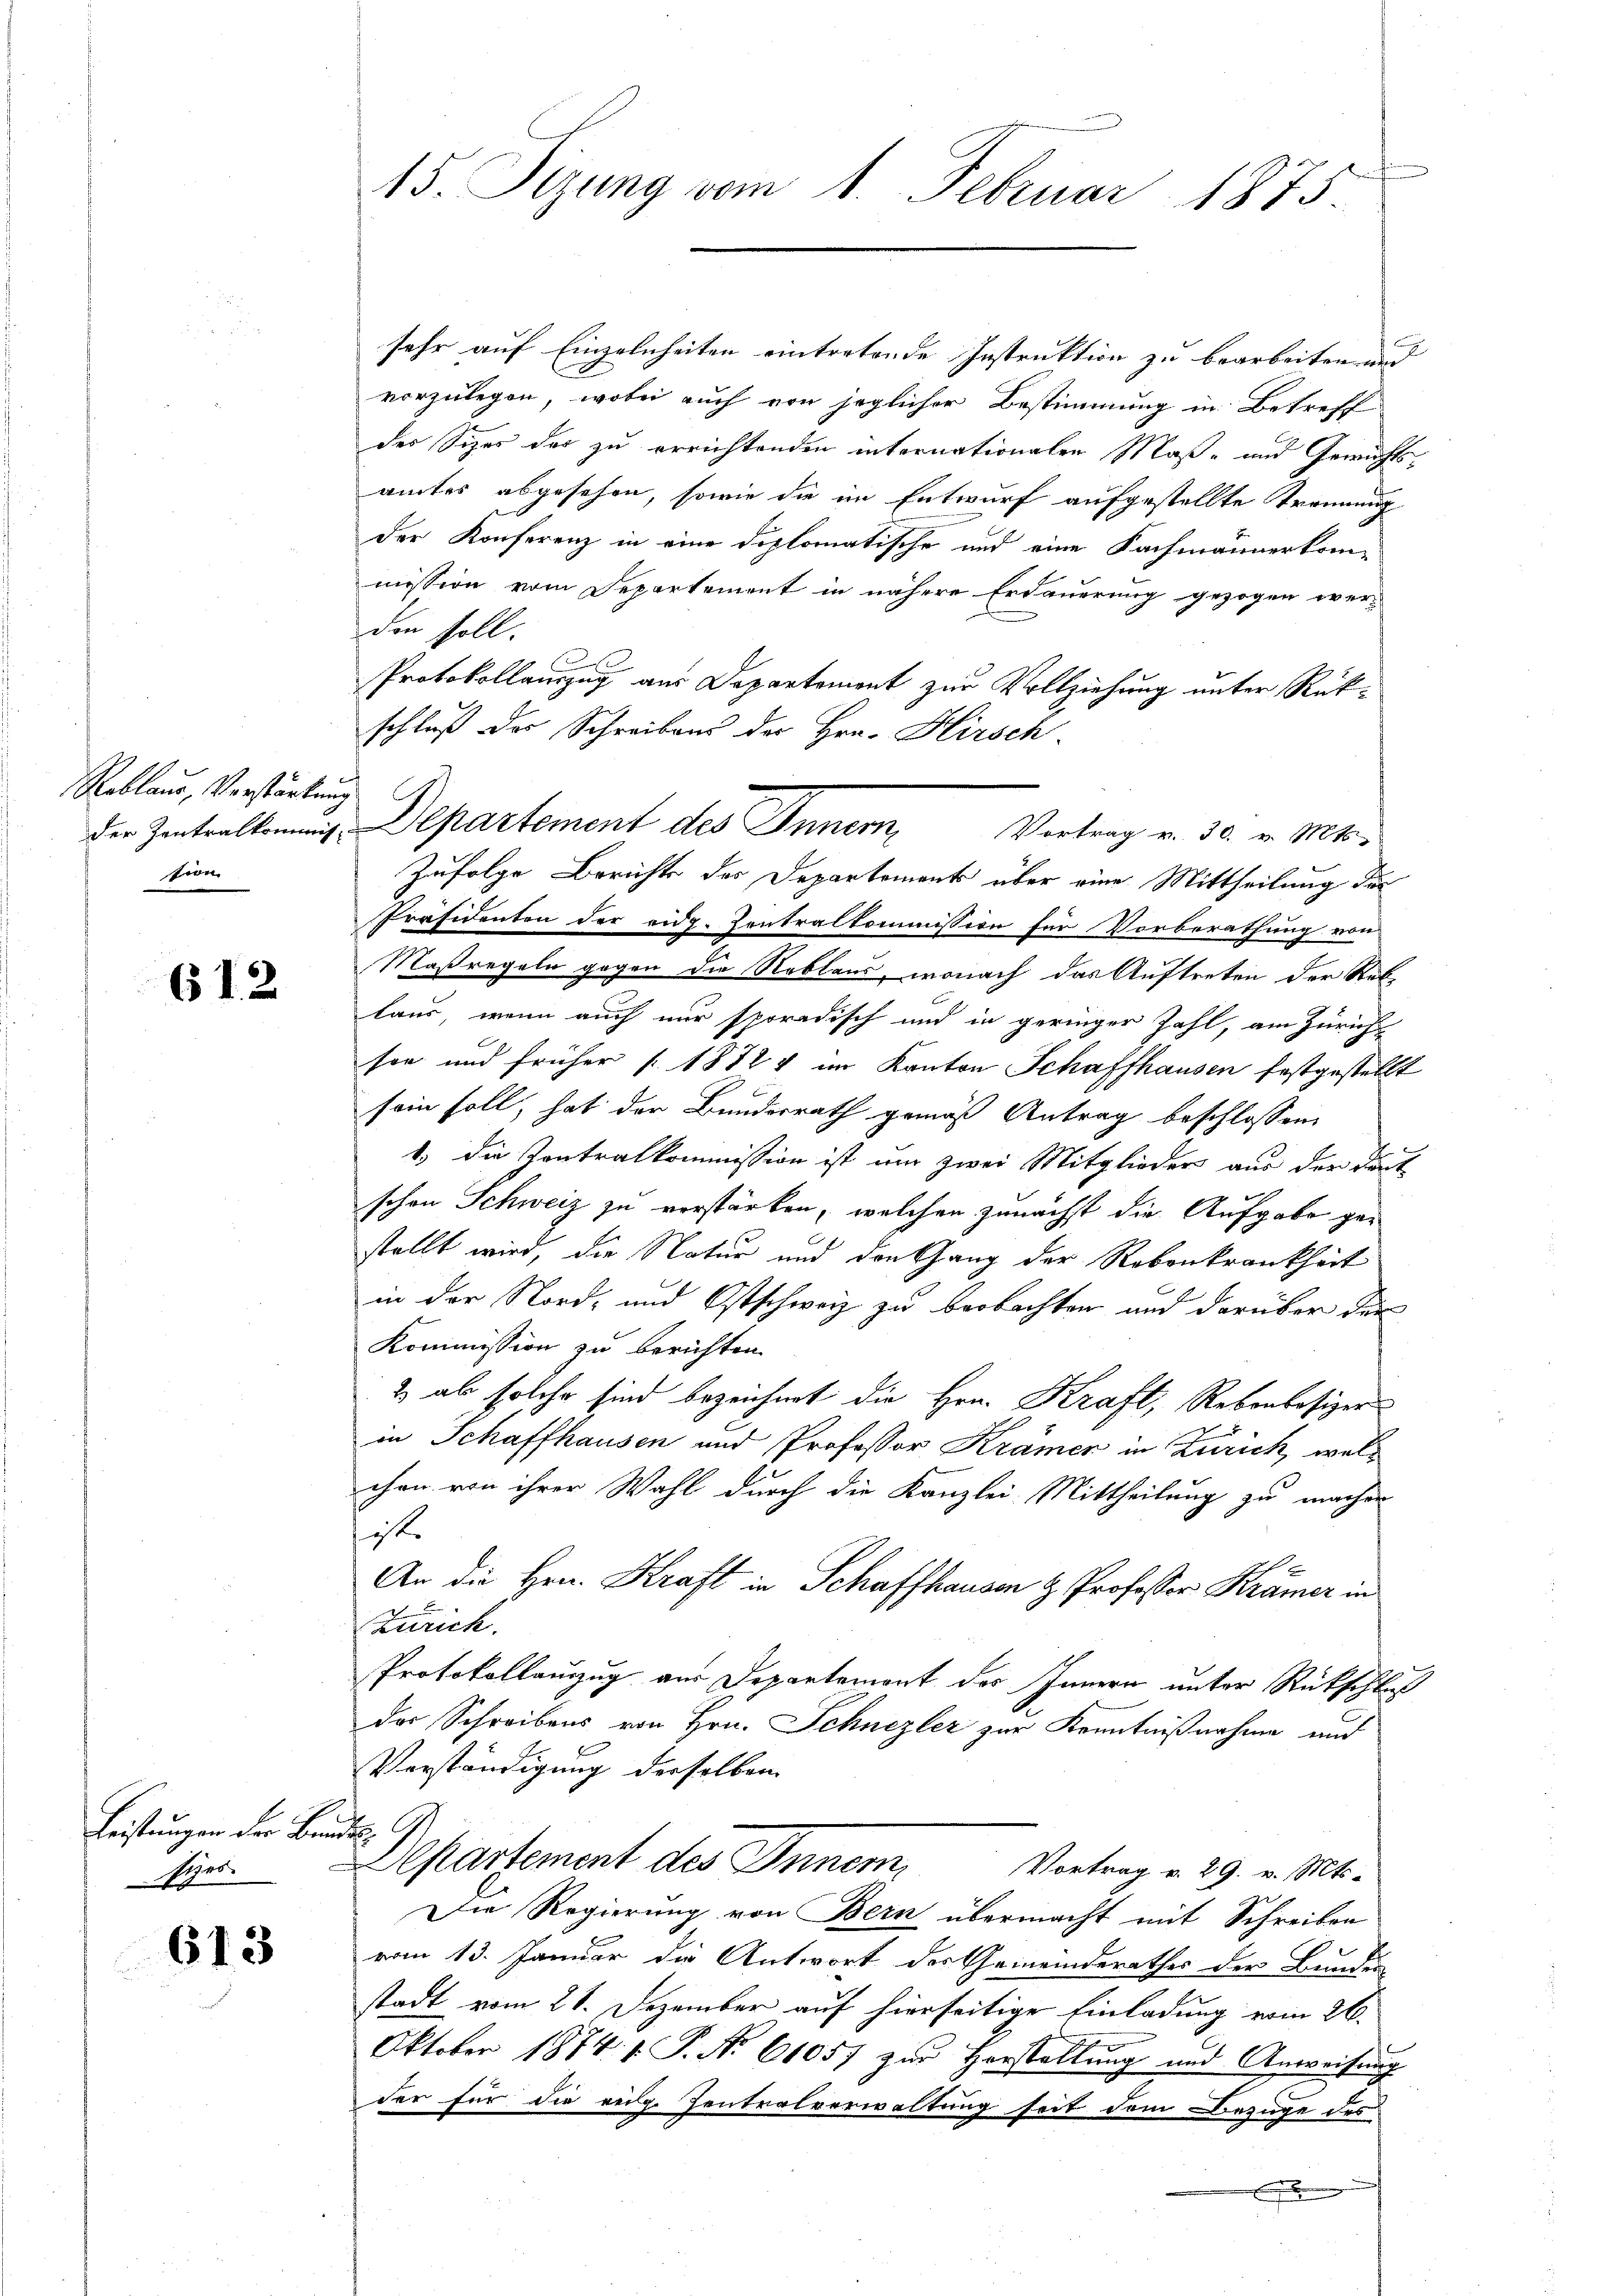
15. Sitzung vom 1. Februar 1875.

sehr auf Einzelnheiten eintretende Instruktion zu bearbeiten und
vorzulegen, wobei auch von jeglicher Bestimmung in Betreff
der Sizes der zu errichtenden internationalen Maß- und Gewichtsamtes abgesehen, sowie die im Entwurf aufgestellte Trennung
der Konferenz in eine diplomatische und eine Fachmännerkommission vom Separtement in nähere Erdauerung gezogen wer-
den soll.

Protokollauszug aus Departement zur Vollziehung unter Rükschluß der Schreibens der Hrn. Hirsch
der Zentralbemmnis Departement des Inner Vertrag v. 30. v. Mts.
Zufolge Berichts des Departements über eine Mittheilung der
Präsidenten der eidg. Zentralkommission für Vorberathung von
Maßregeln gegen die Reblaus, wonach das Auftreten der Reblaus, wenn auch nur sporadisch und in geringer Zahl, am Zürich
son und früher [1872 & im Kanton Schaffhausen festgestellt
sein soll, hat der Bundesrath gemäß Antrag beschlossen:
1) die Kontralkommission ist um zwei Mitglieder aus der Deut
schon Schweiz zu verstärken, welchen zunächst die Aufgabe gestellt wird, die Natur und den Gang der Robankrankheit
in der Nord- und Ostschweiz zu beobachten und darüber der
Kommission zu berichten.
2 ab solche sind bezeichnet die Hrn. Kraft, Rebenbesizer
in Schaffhausen und Professor Krämer in Zürich, welchen von ihrer Wahl durch die Kanzlei- Mittheilung zu machen
ist.
An die Hrn. Kraft in Schaffhausen & Professor Krämer in
Zürich.
Protokollauszug aus Departemont des Innern unter Rückschluß
der Schreibens von Hrn. Schnezler zur Kenntnißnahme und
Verständigung derselben
.
i
Departement des Innem Vortrag v. 29. v. Mts.
Die Regierung von Bern übermacht mit Schreiben
vom 13. Januar die Antwort der Gemeinderathes der Bunden
stadt vom 21. Dezember auf hierseitige Einladung vom 26.
Oktober 1874. 1. P. Nr. 61057 zur Herstellung und Anweisung
der für die eidg. Zentralverwaltung seit dem Bezuge des

Roblaus, Verstärkung
tion

612

Leistungen der Ben
sizes.

613